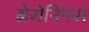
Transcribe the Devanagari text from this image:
झेरोनिमस